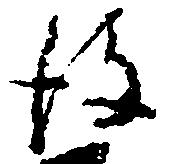
後